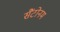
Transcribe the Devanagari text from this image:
सैंटोनम